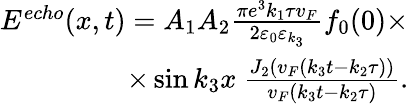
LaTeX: \begin{array}{r}{E^{echo}(x,t)=A_{1}A_{2}\frac{\pi e^{3}k_{1}\tau v_{F}}{2\varepsilon_{0}\varepsilon_{k_{3}}}f_{0}(0)\times}\\ {\times\sin k_{3}x\ \frac{J_{2}(v_{F}(k_{3}t-k_{2}\tau))}{v_{F}(k_{3}t-k_{2}\tau)}.}\end{array}